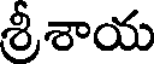
శ్రీశాయ